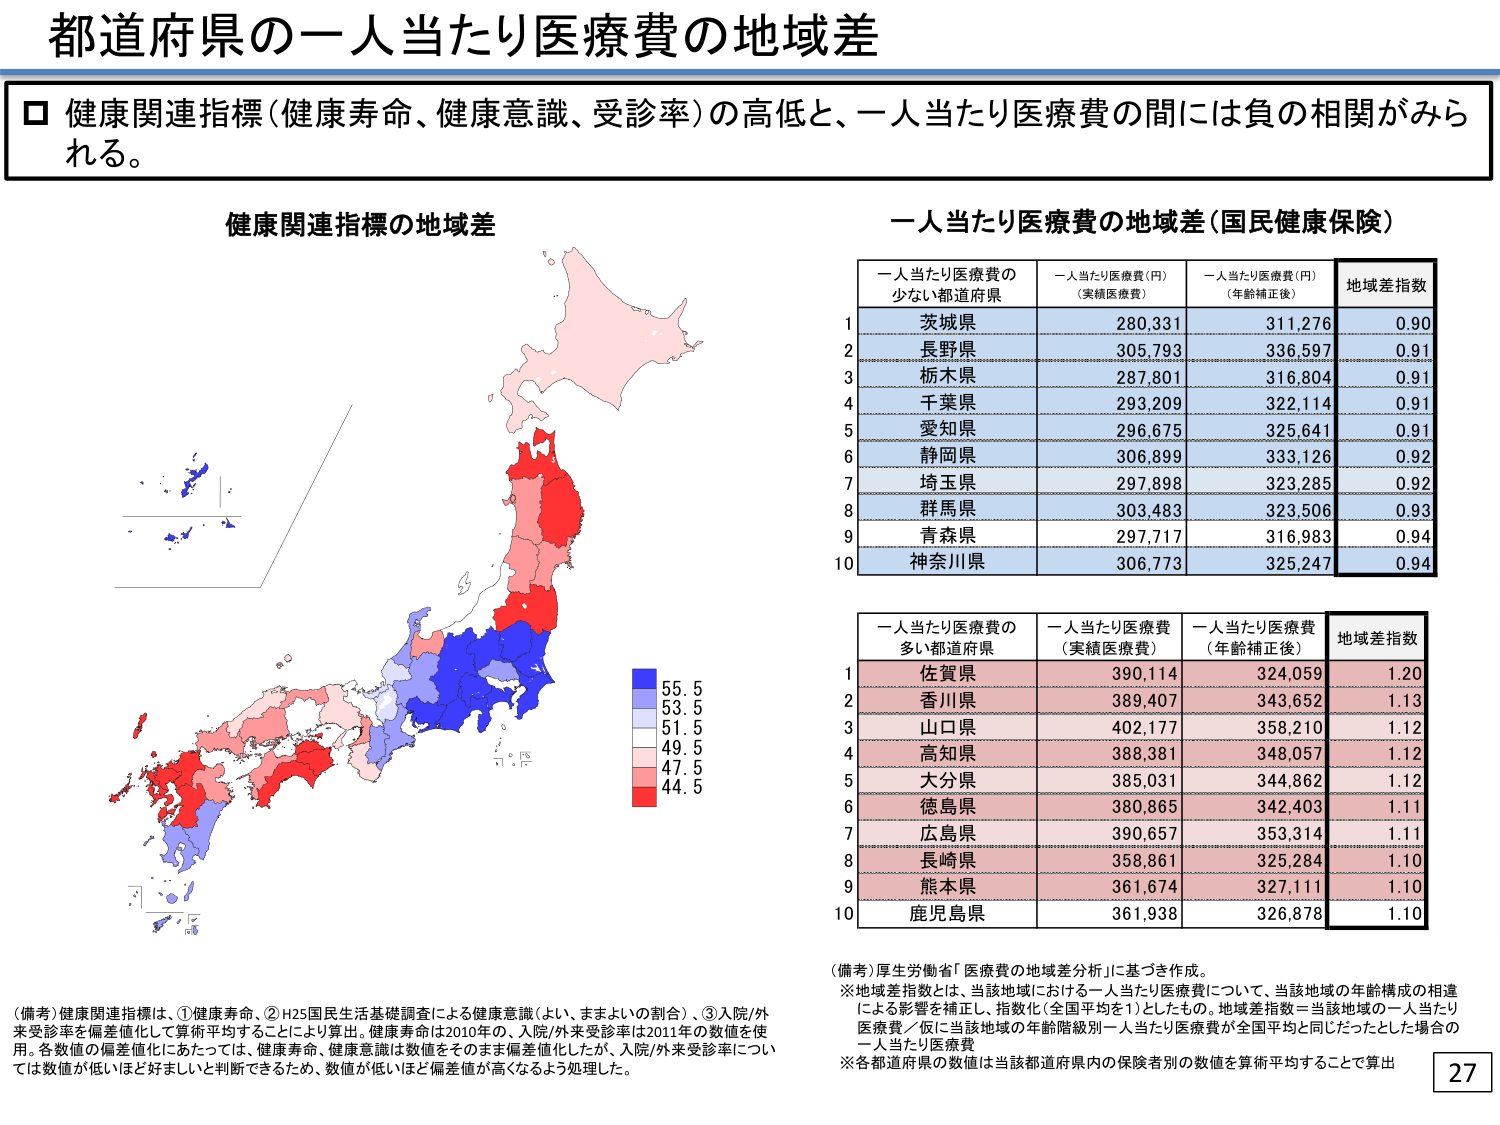
都道府県の一人当たり医療費の地域差

□ 健康関連指標（健康寿命、健康意識、受診率）の高低と、一人当たり医療費の間には負の相関がみられる。

健康関連指標の地域差

一人当たり医療費の地域差（国民健康保険）

一人当たり医療費の少ない都道府県
一人当たり医療費（円）（実績医療費）
一人当たり医療費（円）（年齢補正後）
地域差指数
1 茨城県 280,331 311,276 0.90
2 長野県 305,793 336,597 0.91
3 栃木県 287,801 316,804 0.91
4 千葉県 293,209 322,114 0.91
5 愛知県 296,675 325,641 0.91
6 静岡県 306,899 333,126 0.92
7 埼玉県 297,898 323,285 0.92
8 群馬県 303,483 323,506 0.93
9 青森県 297,717 316,983 0.94
10 神奈川県 306,773 325,247 0.94

一人当たり医療費の多い都道府県
一人当たり医療費（実績医療費）
一人当たり医療費（年齢補正後）
地域差指数
1 佐賀県 390,114 324,059 1.20
2 香川県 389,407 343,652 1.13
3 山口県 402,177 358,210 1.12
4 高知県 388,381 348,057 1.12
5 大分県 385,031 344,862 1.12
6 徳島県 380,865 342,403 1.11
7 広島県 390,657 353,314 1.11
8 長崎県 358,861 325,284 1.10
9 熊本県 361,674 327,111 1.10
10 鹿児島県 361,938 326,878 1.10

（備考）健康関連指標は、①健康寿命、②H25国民生活基礎調査による健康意識（よい、まあよいの割合）、③入院/外来受診率を偏差値化して算術平均することにより算出。健康寿命は2010年の、入院/外来受診率は2011年の数値を使用。各数値の偏差値化にあたっては、健康寿命、健康意識は数値をそのまま偏差値化したが、入院/外来受診率については数値が低いほど好ましいと判断できるため、数値が低いほど偏差値が高くなるよう処理した。

（備考）厚生労働省「医療費の地域差分析」に基づき作成。
※地域差指数とは、当該地域における一人当たり医療費について、当該地域の年齢構成の相違による影響を補正し、指数化（全国平均を1）としたもの。地域差指数＝当該地域の一人当たり医療費／仮に当該地域の年齢階級別一人当たり医療費が全国平均と同じだったとした場合の一人当たり医療費
※各都道府県の数値は当該都道府県内の保険者別の数値を算術平均することで算出

27

（色の凡例）
55.5
53.5
51.5
49.5
47.5
44.5